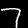
Label: 7